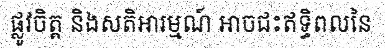
ផ្លូវចិត្ត និងសតិអារម្មណ៍ អាចជះឥទ្ធិពលនៃ